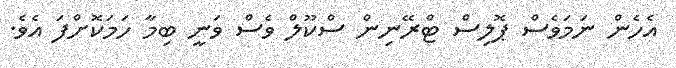
އެހެން ނަމަވެސް ޕޮލިސް ޓްރޭނިން ސްކޫލް ވެސް ވަނީ ބިމާ ހަމަކޮށްފަ އެވެ.